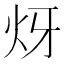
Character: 𤆹